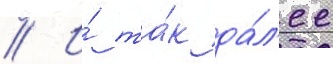
// И́ та́к да́л'ее